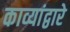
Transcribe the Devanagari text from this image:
काव्यांद्वारे